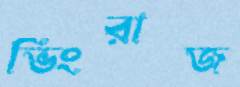
ভিংরাজ